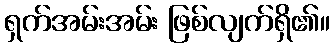
ရှက်အမ်းအမ်း ဖြစ်လျက်ရှိ၏။